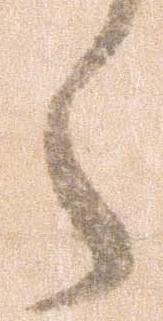
う